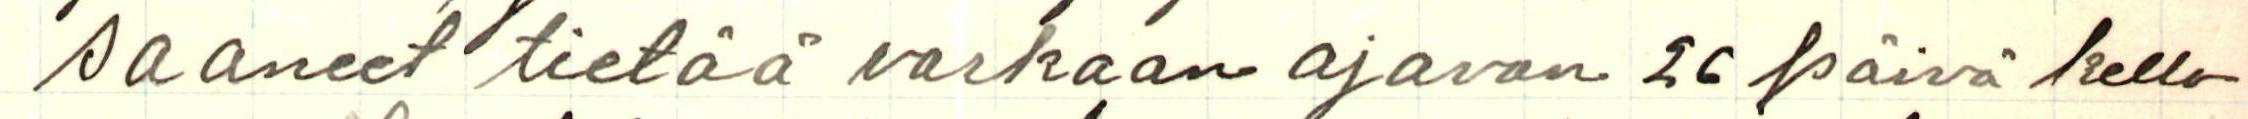
saaneet tietää varkaan ajavan 26 päivä kello